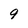
Character: 9